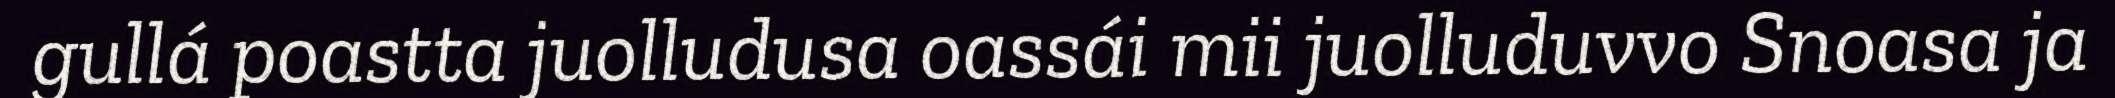
gullá poastta juolludusa oassái mii juolluduvvo Snoasa ja